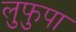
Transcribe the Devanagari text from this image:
लुफुपा